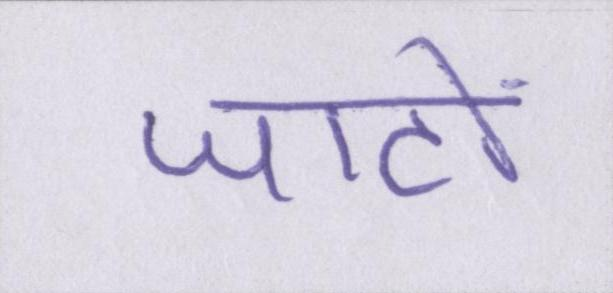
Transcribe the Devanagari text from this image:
जाटों